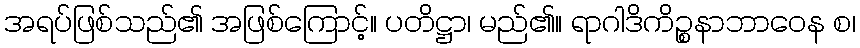
အရပ်ဖြစ်သည်၏ အဖြစ်ကြောင့်။ ပတိဋ္ဌာ၊ မည်၏။ ရာဂါဒိကိဉ္စနာဘာဝေန စ၊